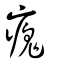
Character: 瘣